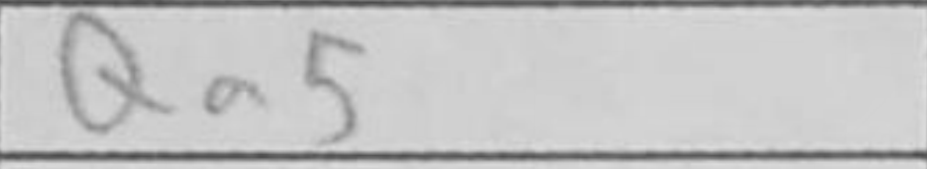
Transcription: Qa5